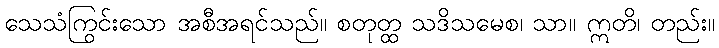
သေသံကြွင်းသော အစီအရင်သည်။ စတုတ္ထ သဒိသမေစ၊ သာ။ ဣတိ၊ တည်း။